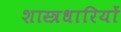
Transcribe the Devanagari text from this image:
शास्त्रधारियों